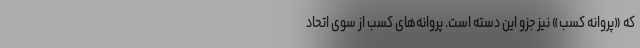
که «پروانه کسب» نیز جزو این دسته است. پروانه‌های کسب از سوی اتحاد